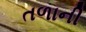
તળાની